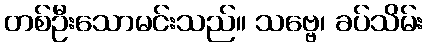
တစ်ဦးသောမင်းသည်။ သဗ္ဗေ၊ ခပ်သိမ်း